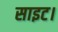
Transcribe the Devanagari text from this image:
साइट।